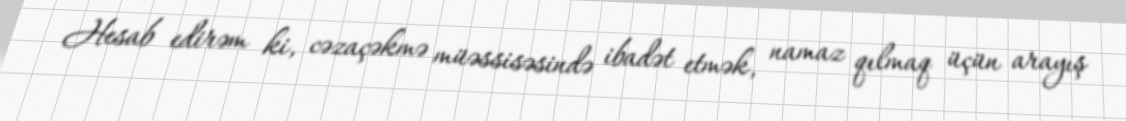
Hesab edirəm ki, cəzaçəkmə müəssisəsində ibadət etmək, namaz qılmaq üçün arayış